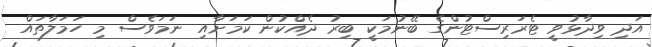
އަދި ވިދާޅުވީ ޓެރަރިސްޓުންގެ ބޭނުމަކީ ބިރު ދެއްކުން ކަމަށާއި ނަމަވެސް މި ހަމަލާތައް